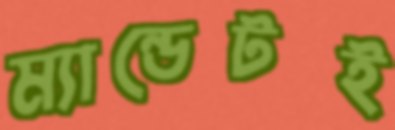
ম্যান্ডেটই